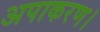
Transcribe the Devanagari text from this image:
अपाकरण।